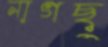
নাগছু